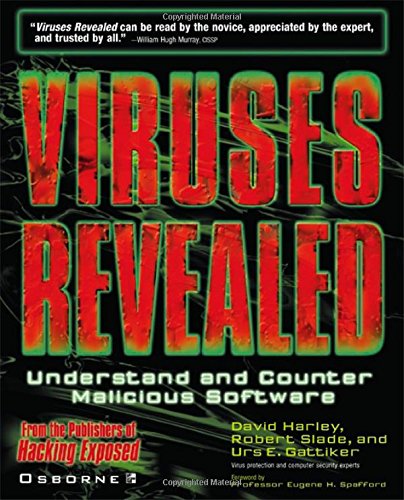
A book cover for Viruses Revealed; David Harley; Computers & Technology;